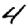
Digit: 4